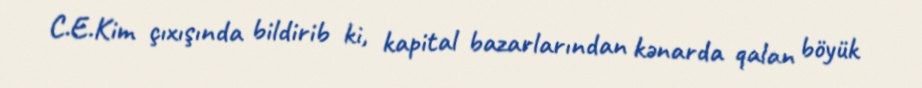
C.E.Kim çıxışında bildirib ki, kapital bazarlarından kənarda qalan böyük